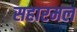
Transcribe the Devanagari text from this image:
सहारमल